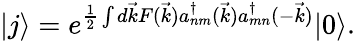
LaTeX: |j\rangle=e^{\frac{1}{2}\int d\vec{k}F(\vec{k})a_{nm}^{\dagger}(\vec{k})a_{mn}^{\dagger}(-\vec{k})}|0\rangle.